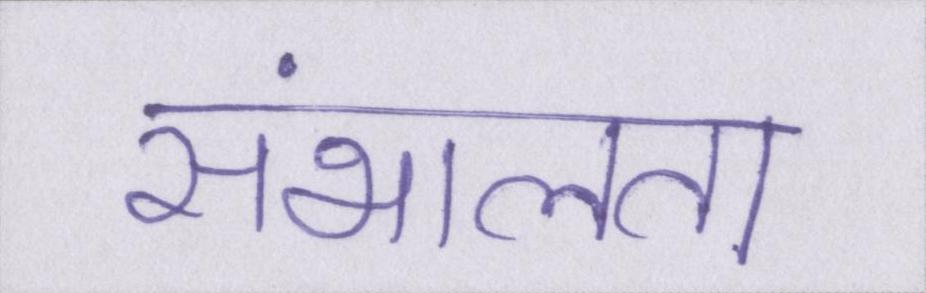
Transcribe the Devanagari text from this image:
संभालता